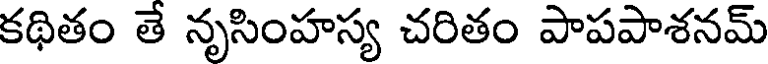
కథితం తే నృసింహస్య చరితం పాపపాశనమ్